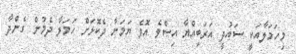
މިހަމަލާއަކީ ސައުދީ އަރަބިއްޔާ އިސްވެ އޮވެ ޔަމަނާ ދެކޮޅަށް ހަމަލާ ދެމުން ގެންދާ